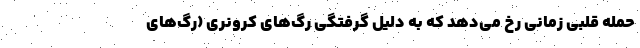
حمله قلبی زمانی رخ می‌دهد که به دلیل گرفتگی رگ‌های کرونری (رگ‌های